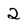
Character: 2